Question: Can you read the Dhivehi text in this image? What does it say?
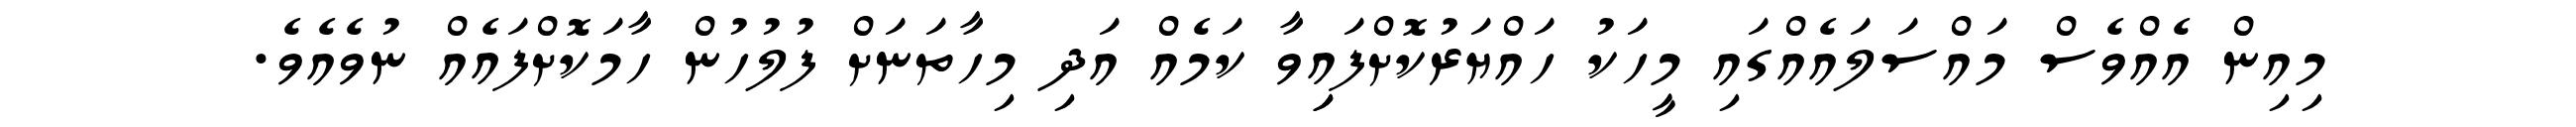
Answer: މިއިން އެއްވެސް މައްސަލައެއްގައި މީހަކު ހައްޔަރުކޮށްފައިިވާ ކަމެއް އަދި މިހާތަނަށް ފުލުހުން ހާމަކޮށްފައެއް ނުވެއެވެ.